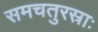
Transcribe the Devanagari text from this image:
समचतुरस्राः